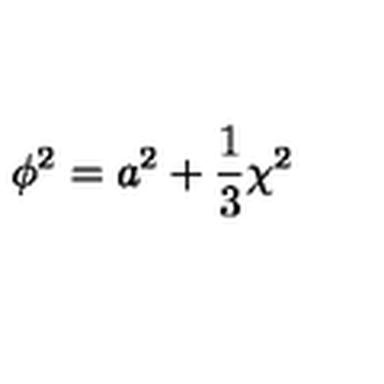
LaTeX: \phi ^ { 2 } = a ^ { 2 } + \frac { 1 } { 3 } \chi ^ { 2 }